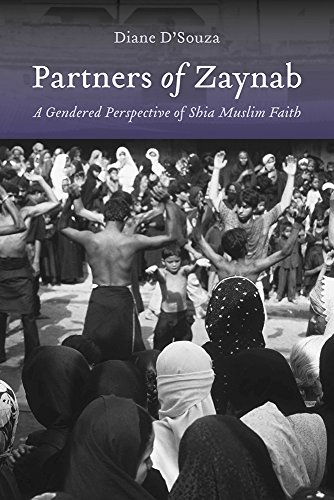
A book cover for Partners of Zaynab: A Gendered Perspective of Shia Muslim Faith (Studies of Comparative Religion); Diane D'Souza; Religion & Spirituality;